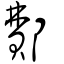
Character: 鄪